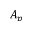
A _ { p }